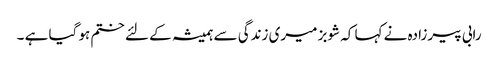
رابی پیرزادہ نے کہا کہ شوبز میری زندگی سے ہمیشہ کے لئے ختم ہو گیا ہے ۔